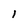
Character: l